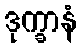
ဒုက္ခာနံ